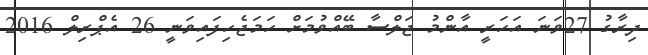
ދިރާގު 27ވަނަ އަހަރީ އާންމު ޖަލްސާ ބޭއްވުމަށް ހަމަޖެހިފައިވަނީ 26 އެޕްރިލް 2016